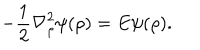
- \frac { 1 } { 2 } { \bf \nabla } _ { \rho } ^ { 2 } \psi ( \rho ) = E \psi ( \rho ) .